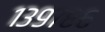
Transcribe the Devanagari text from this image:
१३९७८६